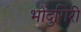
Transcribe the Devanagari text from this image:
भोंदुगिरी